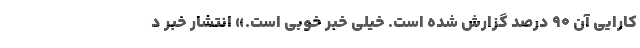
کارایی آن ۹۰ درصد گزارش شده است. خیلی خبر خوبی است.» انتشار خبر د